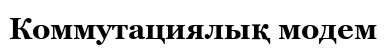
Коммутациялық модем